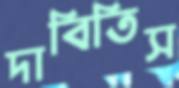
দাবিতিস